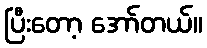
ပြီးတော့ အော်တယ်။